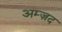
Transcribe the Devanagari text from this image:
अम्ज़द